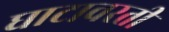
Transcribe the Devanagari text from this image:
घाटावरती